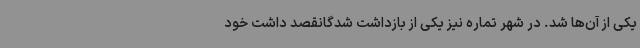
یکی از آن‌ها شد. در شهر تماره نیز یکی از بازداشت شدگانقصد داشت خود